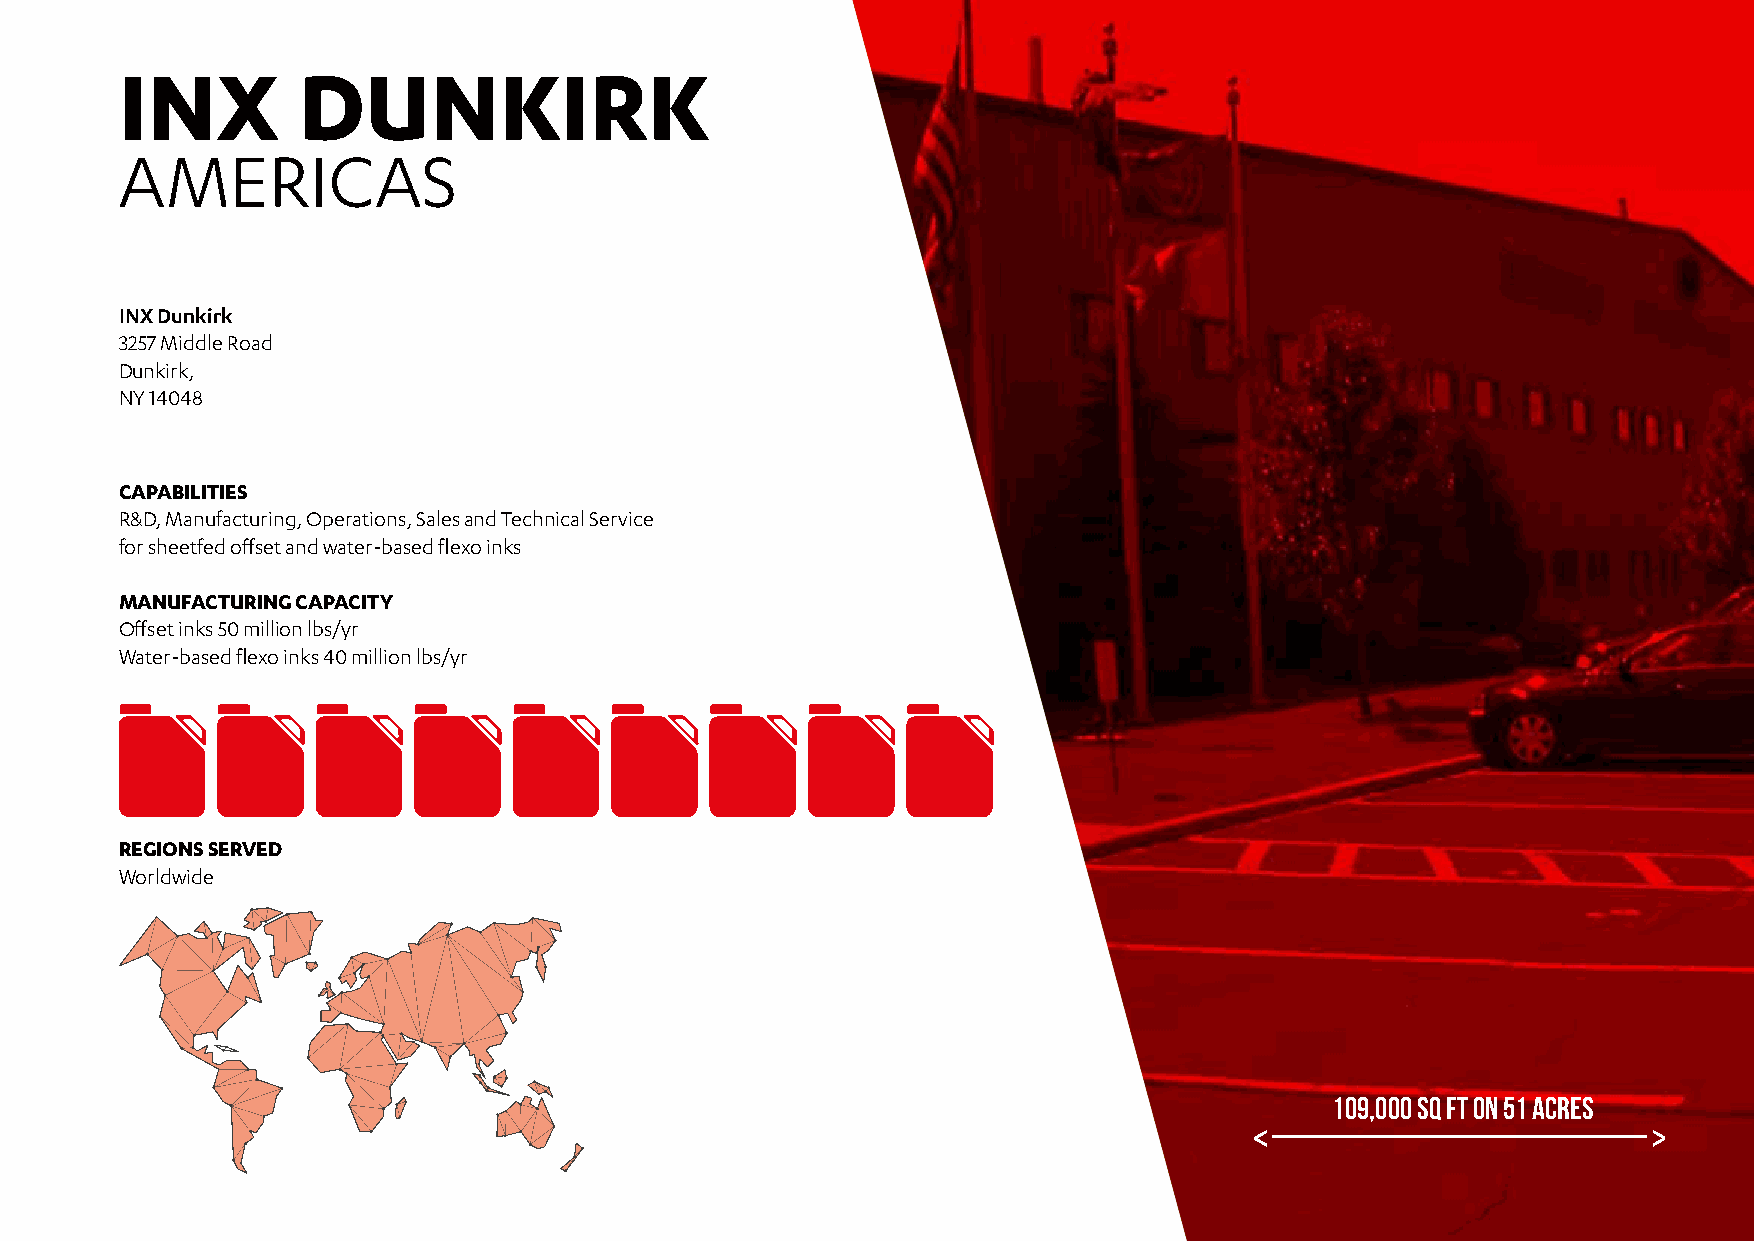
INX         DUNKIRK
 AMERICAS
 INX Dunkirk
 3257 Middle Road
 Dunkirk,
 NY 14048
 CAPABILITIES
 R&D, Manufacturing, Operations, Sales and Technical Service
 for sheetfed offset and water-based flexo inks
 MANUFACTURING CAPACITY
 Offset inks 50 million lbs/yr
 Water-based flexo inks 40 million lbs/yr
 REGIONS SERVED
 Worldwide
 109,000 SQ FT ON 51 ACRES